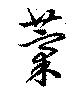
藁